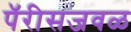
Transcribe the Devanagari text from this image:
पॅरीसजवळ